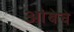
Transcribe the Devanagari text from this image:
आंबेचे